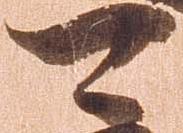
可